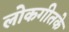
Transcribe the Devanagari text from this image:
लोकगीतके